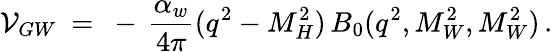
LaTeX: {\cal V}_{GW}\ =\ -\, \frac{\alpha_{w}}{4\pi}(q^{2}-M_{H}^{2})\, B_{0}(q^{2},M_{W}^{2},M_{W}^{2})\, .